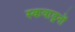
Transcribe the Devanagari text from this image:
स्कवाड्रनों